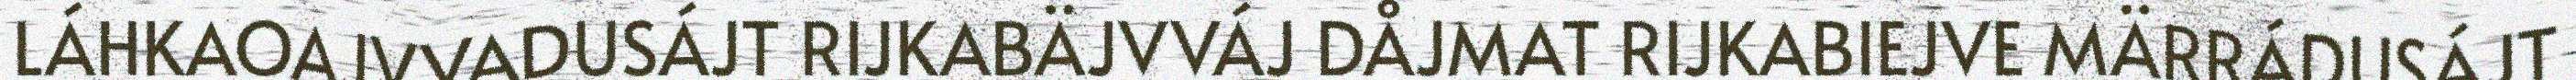
LÁHKAOAJVVADUSÁJT RIJKABÄJVVÁJ DÅJMAT RIJKABIEJVE MÄRRÁDUSÁJT